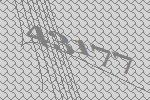
43177